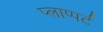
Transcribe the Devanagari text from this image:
प्लाप्पर्ट